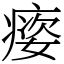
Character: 㾳